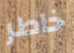
خاطر